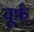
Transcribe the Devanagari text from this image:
वूर्फ